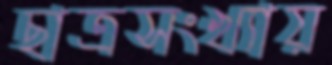
ছাত্রসংখ্যায়